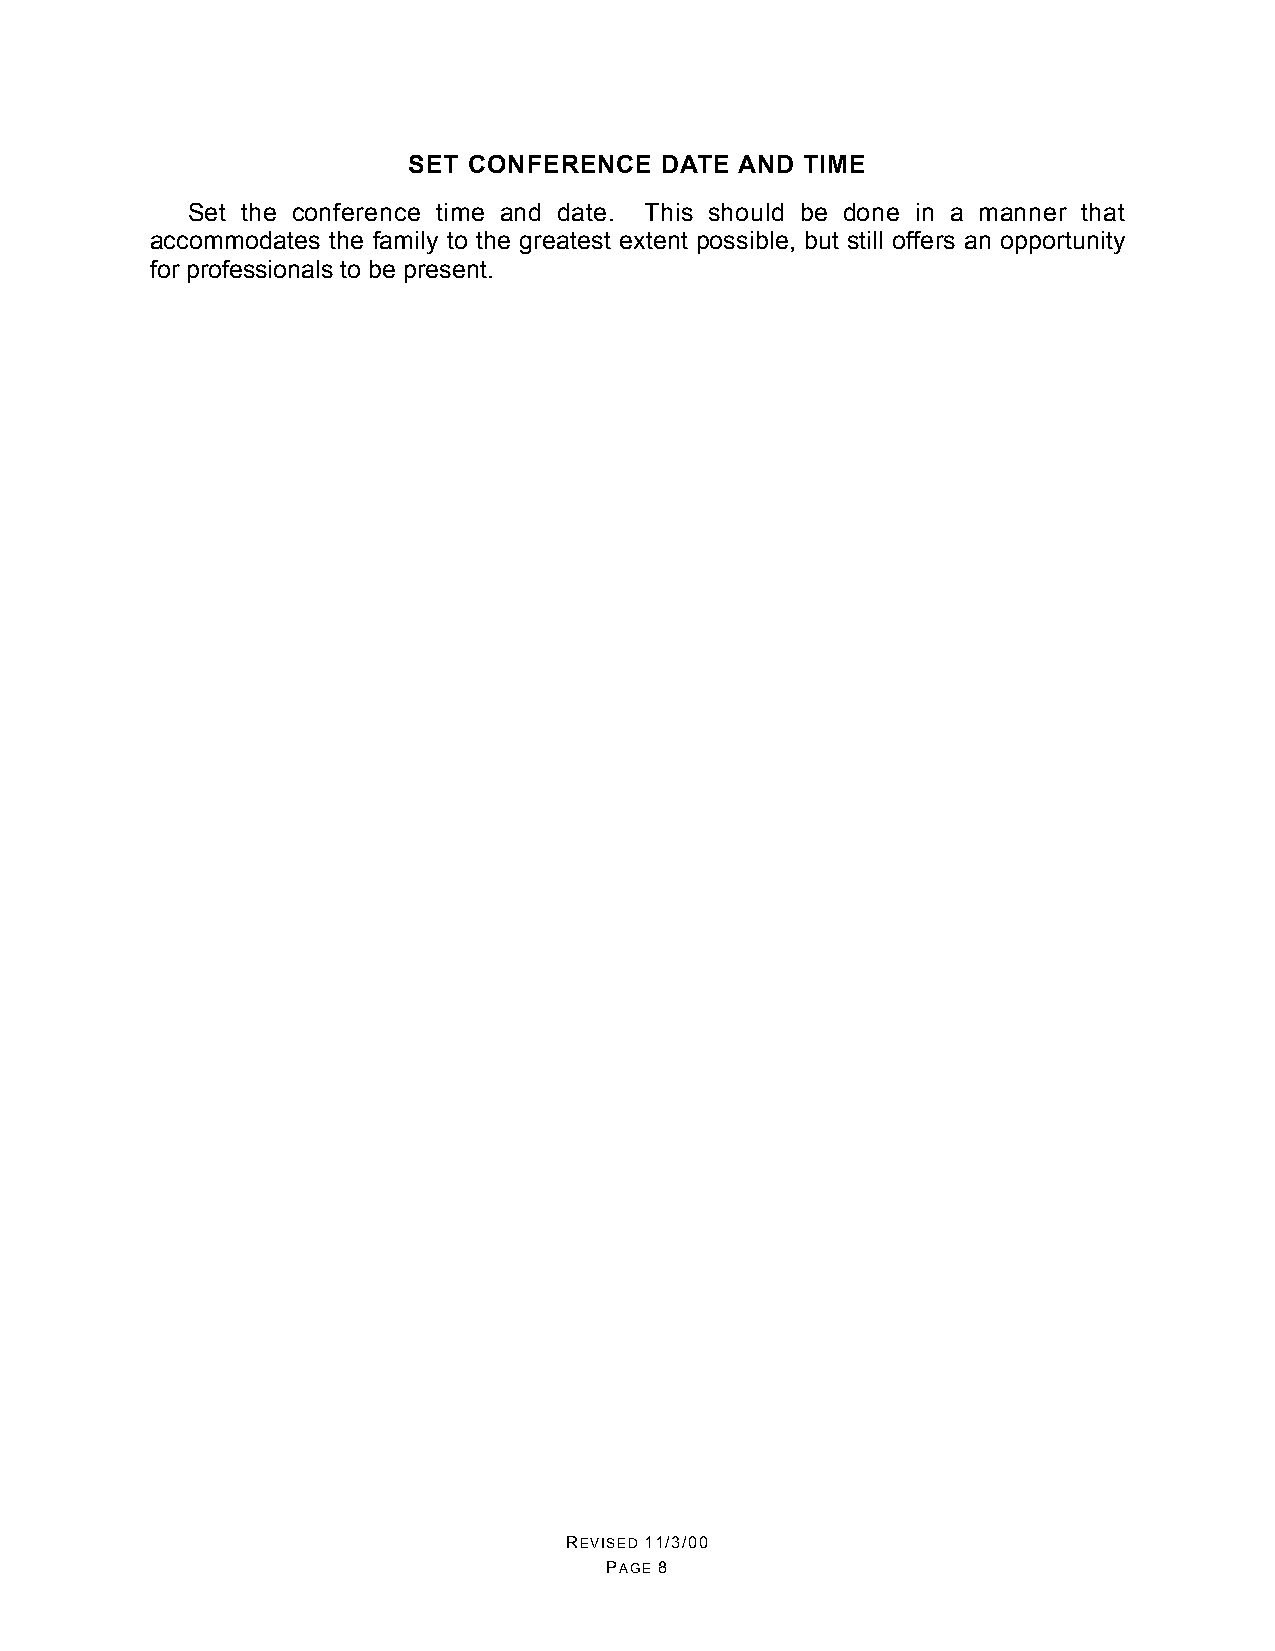
SET CONFERENCE   DATE AND TIME
 Set the conference time and date. This should be done in a manner that
 accommodates the family to the greatest extent possible, but still offers an opportunity
 for professionals to be present.
 REVISED 11/3/00
 PAGE 8